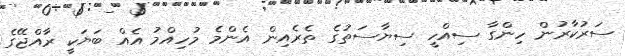
ސަރުކާރުން ހިންގާ ސިއްހީ ސިޔާސަތުގެ ތެރެއިން އެންމެ މުހިއްމު އެއް ބަޔަކީ ރާއްޖޭގެ